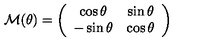
{ \cal M } ( \theta ) = \left( \begin{array} { c c } { \cos \theta } & { \sin \theta } \\ { - \sin \theta } & { \cos \theta } \\ \end{array} \right)